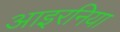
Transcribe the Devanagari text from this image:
आइरनिया